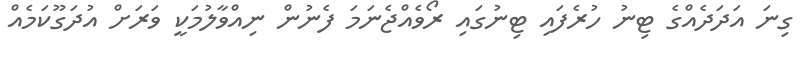
ގިނަ އަދަދެއްގެ ޓިނު ހުރެފައި ޓިނުގައި ރޯވެއްޖެނަމަ ފެނުން ނިއްވާލުމަކީ ވަރަށް އުދަގޫކަމެއް